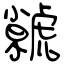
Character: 虩